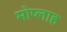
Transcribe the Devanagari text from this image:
मोप्लाह